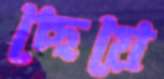
ছেয়ে